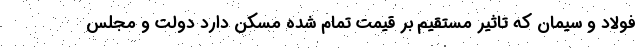
فولاد و سیمان که تاثیر مستقیم بر قیمت تمام شده مسکن دارد دولت و مجلس